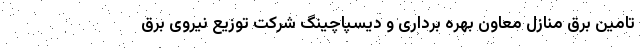
تامین برق منازل معاون بهره برداری و دیسپاچینگ شرکت توزیع نیروی برق